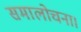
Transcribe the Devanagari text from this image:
समालोचना।